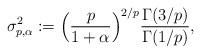
LaTeX: \begin{align*}\sigma_{p, \alpha}^2 := \Big(\frac{p}{1+\alpha}\Big)^{2/p} \frac{\Gamma(3/p)}{\Gamma(1/p)},\end{align*}